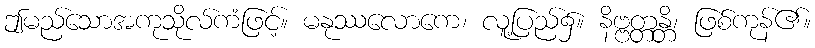
ဤမည်သောအကုသိုလ်ကံဖြင့်။ မနုဿလောကေ၊ လူ့ပြည်၌။ နိဗ္ဗတ္တန္တိ၊ ဖြစ်ကုန်၏။